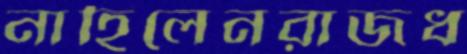
নাহিলেনরাজধ